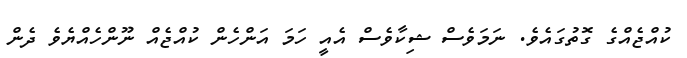
ކުއްޖެއްގެ ގޮތުގައެވެ. ނަމަވެސް ޝިކާވެސް އެއީ ހަމަ އަންހެން ކުއްޖެއް ނޫންހެއްޔެވެ ދެން